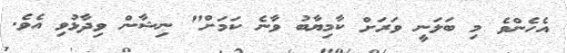
އެހެންވެ މި ބަލަނީ ވަރަށް ކާމިޔާބު ވާނެ ކަމަށް" ނިޝާން ވިދާޅުވި އެވެ.